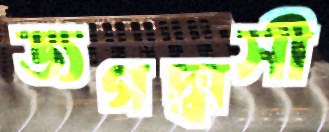
জগদ্বাসী